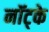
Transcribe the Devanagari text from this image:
नॉट्के